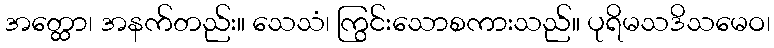
အတ္ထော၊ အနက်တည်း။ သေသံ၊ ကြွင်းသောစကားသည်။ ပုရိမသဒိသမေဝ၊